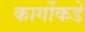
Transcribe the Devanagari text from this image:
कार्गोकडे